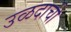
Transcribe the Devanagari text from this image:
उळदाची